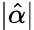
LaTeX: |{\hat{\alpha}}|